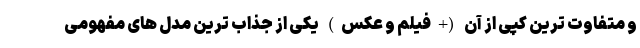
و متفاوت ترین کپی از آن (+فیلم و عکس) یکی از جذاب ترین مدل های مفهومی